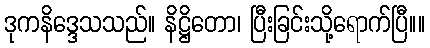
ဒုကနိဒ္ဒေသသည်။ နိဋ္ဌိတော၊ ပြီးခြင်းသို့ရောက်ပြီ။။